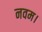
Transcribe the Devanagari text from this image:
नवम।